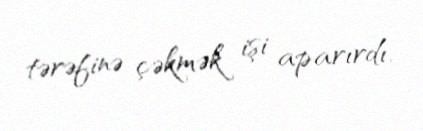
tərəfinə çəkmək işi aparırdı.